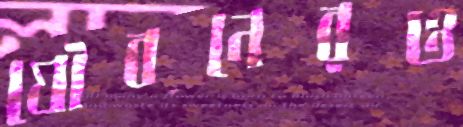
যৌবনেরও